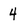
Character: 4